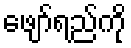
ဖျော်ရည်ကို